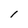
Character: 1